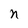
Character: n